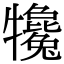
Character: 𤜇